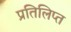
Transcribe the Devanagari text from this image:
प्रतिलिप्त